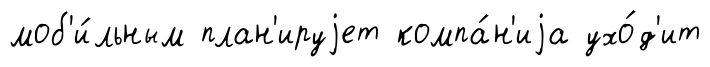
моб'и́льным план'ируjет компа́н'иjа ухо́д'ит